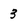
Character: 3